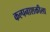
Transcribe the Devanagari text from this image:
कल्पनाशक्तीला